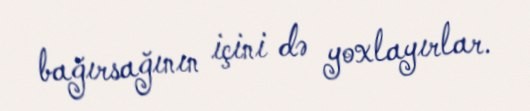
bağırsağının içini də yoxlayırlar.